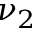
\nu _ { 2 }